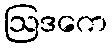
ဩဒကေ